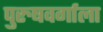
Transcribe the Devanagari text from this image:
पुरुषवर्गाला